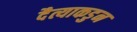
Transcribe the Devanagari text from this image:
दैत्याकडुन